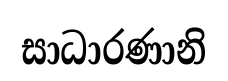
සාධාරණානි